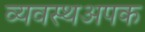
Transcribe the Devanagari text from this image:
व्यवस्थअपक